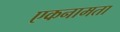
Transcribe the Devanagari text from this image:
एकनामता